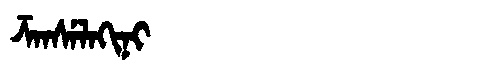
Manchu: ᡯᠠᠨᠰᡝᠯᠠᡴᡳᠨᡳ
Romanization: DZANSELAKINI